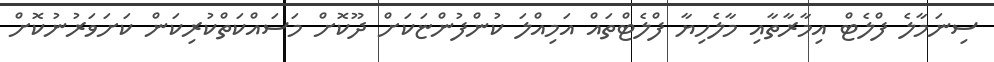
ސިނަމާލެ ފްލެޓް އިމާރާތާއި މާލެހިޔާ ފްލެޓްތައް އަމިއްލަ ކުންފުންޏަކަށް ދޫކޮށް މަސައްކަތްކުރިކަން ކަށަވަރުނުކޮށް